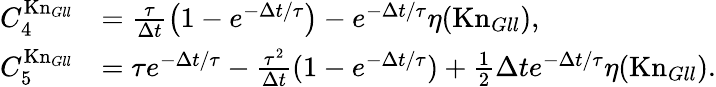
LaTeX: \begin{array}{rl}{C_{4}^{\mathrm{Kn}_{Gll}}}&{=\frac{\tau}{\Delta t}\left(1-e^{-\Delta t/\tau}\right)-e^{-\Delta t/\tau}\eta(\mathrm{Kn}_{Gll}),}\\ {C_{5}^{\mathrm{Kn}_{Gll}}}&{=\tau e^{-\Delta t/\tau}-\frac{\tau^{2}}{\Delta t}(1-e^{-\Delta t/\tau})+\frac 12\Delta te^{-\Delta t/\tau}\eta(\mathrm{Kn}_{Gll}).}\end{array}